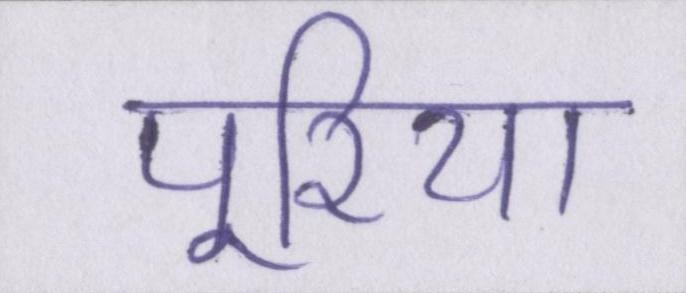
पूरिया